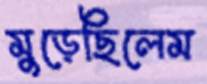
মুড়েছিলেম